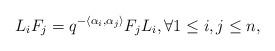
LaTeX: \begin{align*} L_i F_j = q^{-\langle\alpha_i ,\alpha_j\rangle}F_j L_i, \forall 1\leq i,j \leq n,\end{align*}